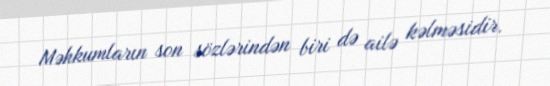
Məhkumların son sözlərindən biri də ailə kəlməsidir.